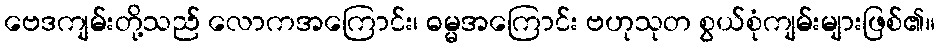
ဗေဒကျမ်းတို့သည် လောကအကြောင်း၊ ဓမ္မအကြောင်း ဗဟုသုတ စွယ်စုံကျမ်းများဖြစ်၏။